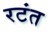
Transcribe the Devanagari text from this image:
रटंत